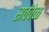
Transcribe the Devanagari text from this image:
सर्ववेळ